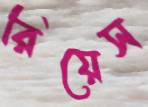
রিয়েস